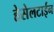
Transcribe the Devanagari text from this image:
हेसेलटाईन